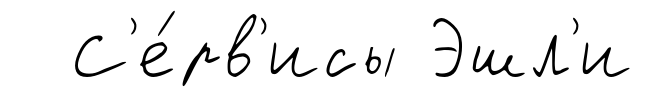
С'е́рв'исы Эшл'и